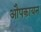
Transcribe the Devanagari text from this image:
औपकायन